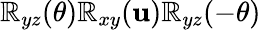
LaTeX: \mathbb{R}_{yz}(\theta)\mathbb{R}_{xy}(\mathbf{u})\mathbb{R}_{yz}(-\theta)